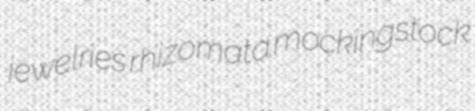
jewelries rhizomata mockingstock